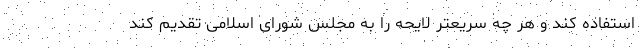
استفاده کند و هر چه سریعتر لایحه را به مجلس شورای اسلامی تقدیم کند